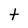
Character: t